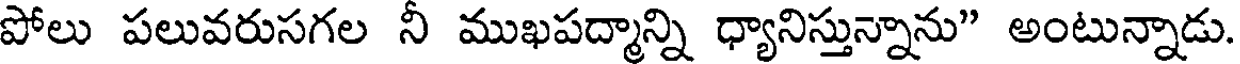
పోలు పలువరుసగల నీ ముఖపద్మాన్ని ధ్యానిస్తున్నాను" అంటున్నాడు